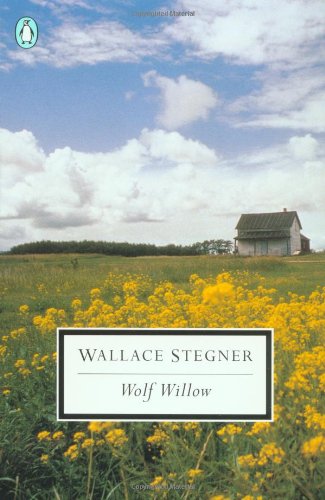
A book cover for Wolf Willow: A History, a Story, and a Memory of the Last Plains Frontier (Penguin Twentieth-Century Classics); Wallace Stegner; Biographies & Memoirs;